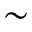
\sim